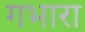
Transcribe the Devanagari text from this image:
गभारा